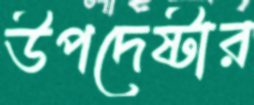
উপদেষ্টার